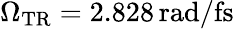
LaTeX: \Omega_{\mathrm{{TR}}}=2.828\, \mathrm{rad/fs}